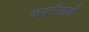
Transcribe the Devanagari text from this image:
कंपनीलाही